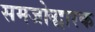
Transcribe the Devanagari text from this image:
समजोद्धारक